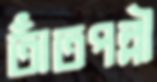
তাঁতপল্লী